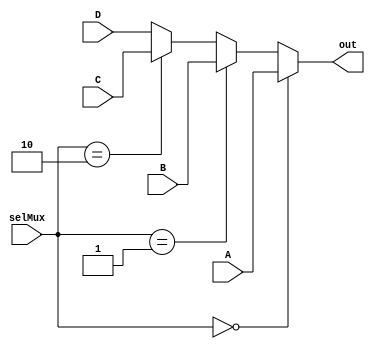
`timescale 1ns/1ns

module mux4x1(A, B, C, D, selMux, out);
  input [4:0] A, B, C, D;
  input [1:0] selMux;
  output [4:0] out;
  assign out = selMux == 2'b00 ? A:
			   selMux == 2'b01 ? B:
			   selMux == 2'b10 ? C:
			   D;
endmodule